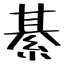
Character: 綦